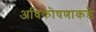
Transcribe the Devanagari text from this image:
अधिकोषणाकडे